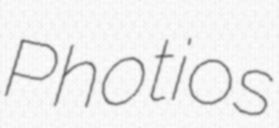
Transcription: Photios